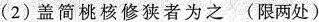
（2）盖简桃核修狭者为之 （限两处）